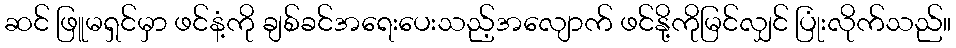
ဆင် ဖြူမရှင်မှာ ဖင်နံ့ကို ချစ်ခင်အရေးပေးသည့်အလျောက် ဖင်နို့ကိုမြင်လျှင် ပြုံးလိုက်သည်။